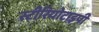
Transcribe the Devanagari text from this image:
स्‍टीरियोटाइपी